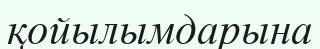
қойылымдарына